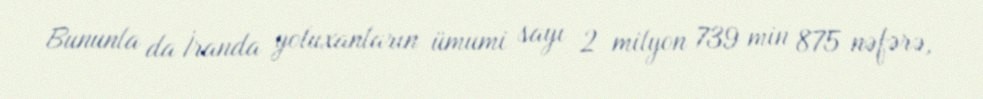
Bununla da İranda yoluxanların ümumi sayı 2 milyon 739 min 875 nəfərə,